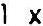
1 X